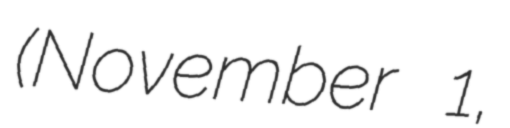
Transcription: (November 1,